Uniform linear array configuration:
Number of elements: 16
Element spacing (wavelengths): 0.25
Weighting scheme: hamming
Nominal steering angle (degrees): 45
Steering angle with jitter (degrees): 46.273
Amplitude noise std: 0.05
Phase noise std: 0.05

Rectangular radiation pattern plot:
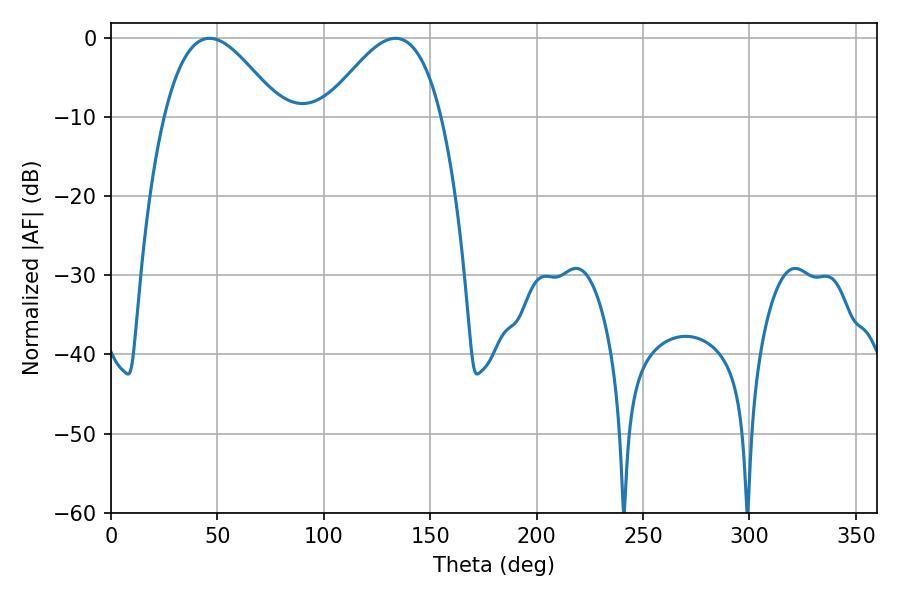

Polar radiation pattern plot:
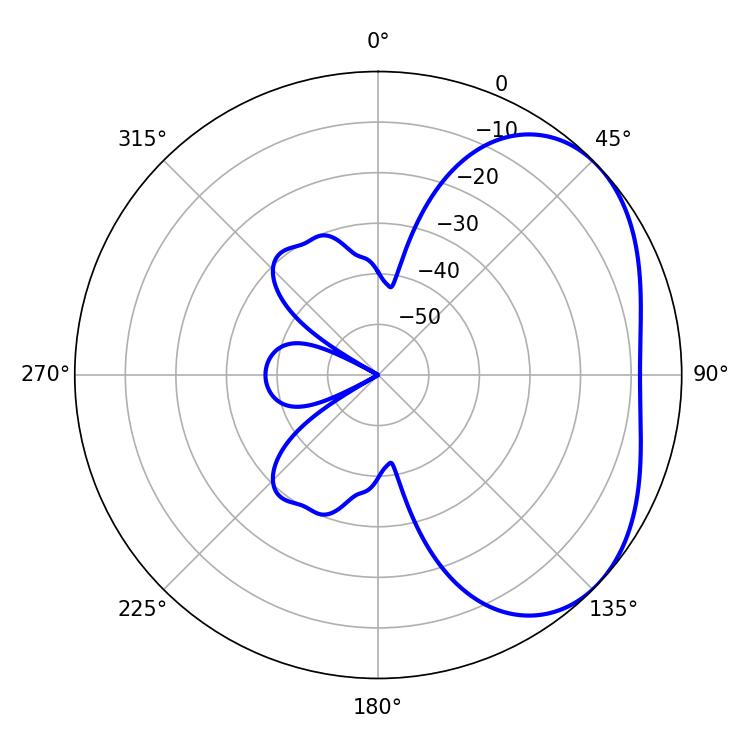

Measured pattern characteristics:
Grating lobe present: FALSE
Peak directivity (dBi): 3.547
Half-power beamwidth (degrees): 29.52
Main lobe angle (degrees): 46.26